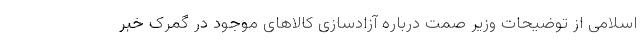
اسلامی از توضیحات وزیر صمت درباره آزادسازی کالاهای موجود در گمرک خبر